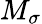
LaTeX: M_{\sigma}